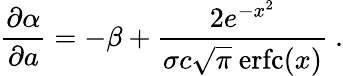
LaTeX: \frac{\partial\alpha}{\partial a}=-\beta+\frac{2e^{-x^{2}}}{\sigma c\sqrt{\pi}\ \mathrm{erfc}(x)}\ .